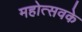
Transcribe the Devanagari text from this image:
महोत्सवके